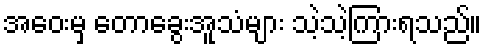
အဝေးမှ တောခွေးအူသံများ သဲ့သဲ့ကြားရသည်။